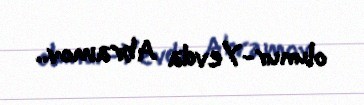
olunur-Yevda Abramov..